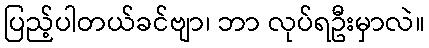
ပြည့်ပါတယ်ခင်ဗျာ၊ ဘာ လုပ်ရဦးမှာလဲ။